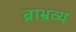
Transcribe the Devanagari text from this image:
ब्राभ्रव्य